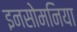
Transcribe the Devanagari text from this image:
इनसोमनिया